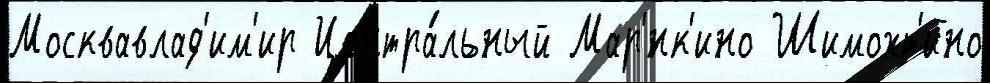
Москвавлад'им'ир Центра́льный Мар'́нк'ино Шимохт'ино